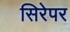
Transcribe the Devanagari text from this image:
सिरेपर